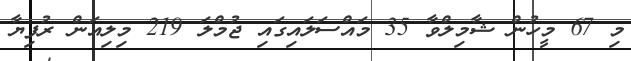
މި 67 މީހުން ޝާމިލްވާ 35 މައްސަލައިގައި ޖުމްލަ 219 މިލިއަން ރުފިޔާ